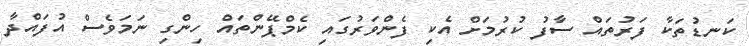
ކަނޑުތަކާ ފަރުތައް ސާފު ކުރުމަށް އެކި ފެންވަރުގައި ކެމްޕޭންތައް ހިންގި ނަމަވެސް އުފައްދާ